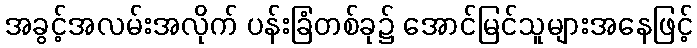
အခွင့်အလမ်းအလိုက် ပန်းခြံတစ်ခု၌ အောင်မြင်သူများအနေဖြင့်